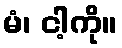
မံ၊ ငါ့ကို။